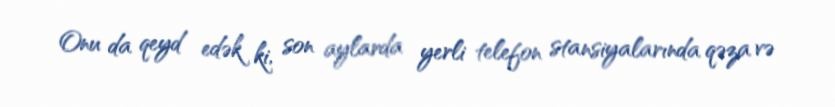
Onu da qeyd edək ki, son aylarda yerli telefon stansiyalarında qəza və